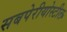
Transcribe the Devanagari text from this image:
सबपेरीयोस्टील